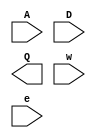
module sram (A, D, Q, w, e);
input  [7:0] A,D ;
output [7:0] Q ;
input  w,e ;
endmodule